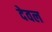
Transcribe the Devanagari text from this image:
देवल